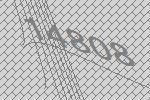
14808